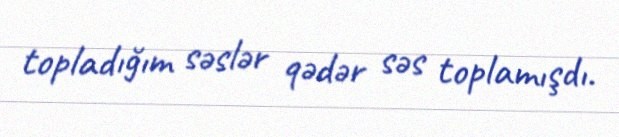
topladığım səslər qədər səs toplamışdı.